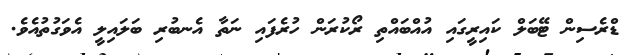
ޑްރެސިން ޓޭބަލް ކައިރީގައި އުއްބައްތި ރޯކުރަން ހުރެފައި ނަތާ އެނބުރި ބަލައިލީ އެވަގުތުއެވެ.